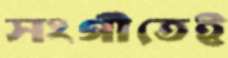
সংগীতেই